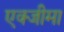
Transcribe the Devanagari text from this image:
एक्जीमा